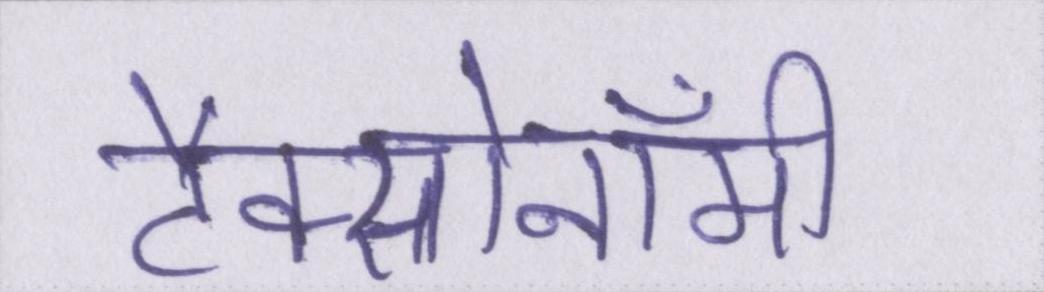
टैक्सोनॉमी